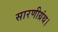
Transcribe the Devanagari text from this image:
सारणीग्रंथ।